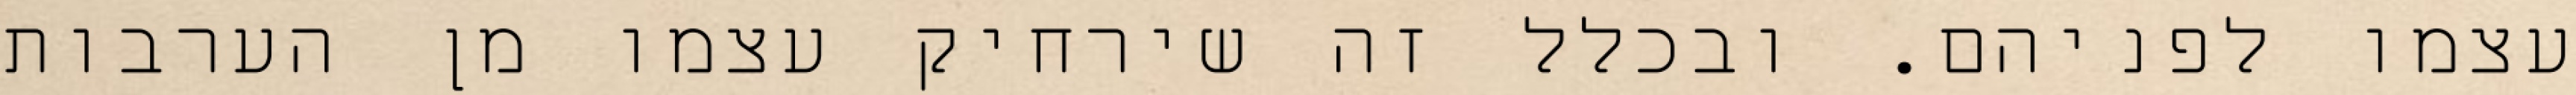
עצמו לפניהם. ובכלל זה שירחיק עצמו מן הערבות